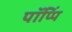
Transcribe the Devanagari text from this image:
पॉप्पिं